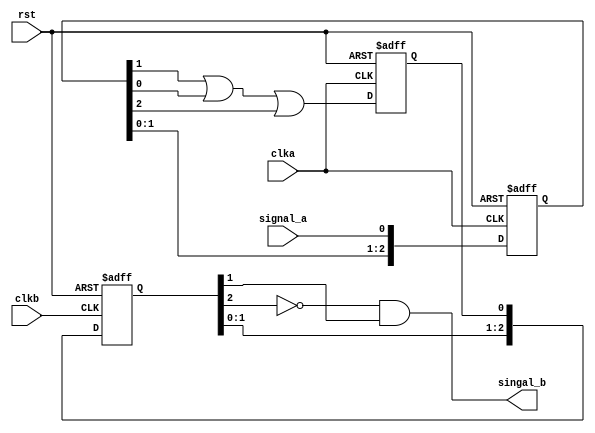
//
module test(
    input wire rst,       // 
    input wire clka,     // a
    input wire clkb,     // b
    input wire signal_a, // a
    output wire  singal_b // b
  );
  reg  [2:0] signal_a_d;
  reg  signal_a_d1_or;
  reg  [2:0] signal_b_d1_or;

  assign  singal_b = (~signal_b_d1_or[2]) & signal_b_d1_or[1];

  always @ (posedge clka , negedge rst)
  begin    // ,
    if(~rst)
    begin
      signal_a_d <= 2'd0;
    end
    else
    begin
      signal_a_d <= {signal_a_d[1:0],signal_a};  // 
    end
  end

  always @ (posedge clka or negedge rst)
  begin    // 
    if(~rst)
    begin
      signal_a_d1_or <= 1'd0;
    end
    else
    begin
      signal_a_d1_or <= signal_a_d[1] | signal_a_d[0] |signal_a_d[2] ;
    end
  end

  always @ (posedge clkb or negedge rst)
  begin    // 
    if(~rst)
    begin
      signal_b_d1_or <= 1'd0;
    end
    else
    begin
      signal_b_d1_or <= {signal_b_d1_or[1:0],signal_a_d1_or} ;
    end
  end

endmodule